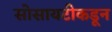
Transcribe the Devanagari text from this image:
सोसायटीकडून